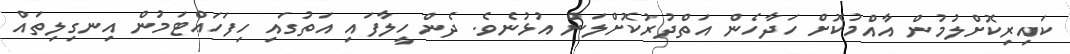
ކައިރިކޮށްލުމުން އާއްމުކޮށް ހަދާހެން އަތްދުރުކޮށްލަން އުޅުނެވެ. ދެން ހީލާފައި އަތުގައި ހިފަހައްޓަމުން އިނގިލިތައް